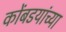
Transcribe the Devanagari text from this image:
कोंबडयांच्या